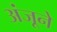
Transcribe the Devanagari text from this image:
अंजूने